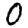
Digit: 0